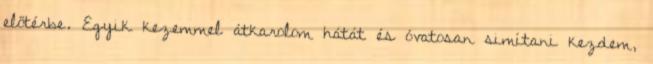
előtérbe. Egyik kezemmel átkarolom hátát és óvatosan simítani kezdem,